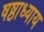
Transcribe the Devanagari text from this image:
षष्ठाध्याय